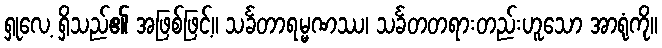
ရှုလေ့ ရှိသည်၏ အဖြစ်ဖြင့်။ သင်္ခတာရမ္မဏဿ၊ သင်္ခတတရားတည်းဟူသော အာရုံကို။